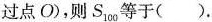
过点O)，则a_{200}等于().